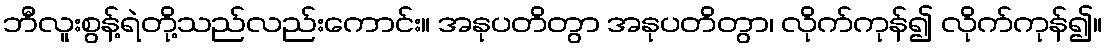
ဘီလူးစွန့်ရဲတို့သည်လည်းကောင်း။ အနုပတိတွာ အနုပတိတွာ၊ လိုက်ကုန်၍ လိုက်ကုန်၍။